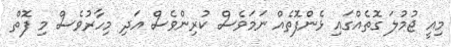
މިއީ ޖުމުލަ ގޮތެއްގައި ޅެންފޮތެއް ނަމަވެސް ކުރިންވެސް އަދި މިހާރުވެސް މި ފޮތް